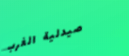
صيدلية الغرب